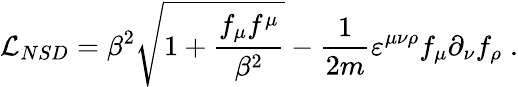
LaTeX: {\cal L}_{NSD}=\beta^{2}{\sqrt{1+\frac{f_{\mu}f^{\mu}}{\beta^{2}}}}-\frac 1{2m}\varepsilon^{\mu\nu\rho}f_{\mu}\partial_{\nu}f_{\rho}\; .